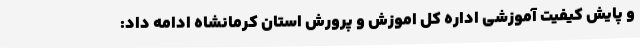
و پایش کیفیت آموزشی اداره کل اموزش و پرورش استان کرمانشاه ادامه داد: